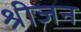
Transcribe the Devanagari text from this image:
श्रीजन